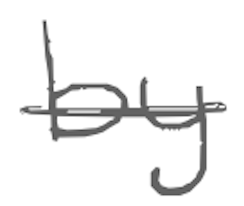
Text: by
Cross-out: single-line
Writing tool: digital_gray